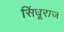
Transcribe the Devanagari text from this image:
सिंधूराज